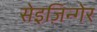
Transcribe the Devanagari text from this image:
सेइज़िन्गेर